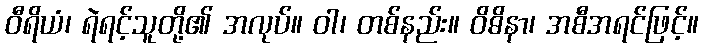
ဝီရိယံ၊ ရဲရင့်သူတို့၏ အလုပ်။ ဝါ၊ တစ်နည်း။ ဝိဓိနာ၊ အစီအရင်ဖြင့်။